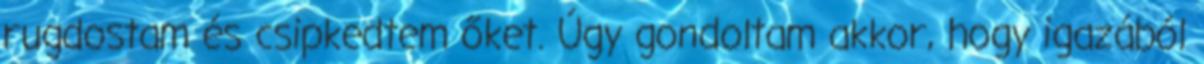
rugdostam és csipkedtem őket. Úgy gondoltam akkor, hogy igazából